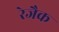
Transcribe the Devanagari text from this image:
रेजैक